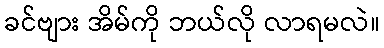
ခင်ဗျား အိမ်ကို ဘယ်လို လာရမလဲ။